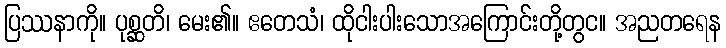
ပြဿနာကို။ ပုစ္ဆတိ၊ မေး၏။ ဧတေသံ၊ ထိုငါးပါးသောအကြောင်းတို့တွင။ အညတရေန